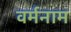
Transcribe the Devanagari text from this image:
वर्मनाम